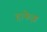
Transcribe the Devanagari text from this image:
हाफेझ